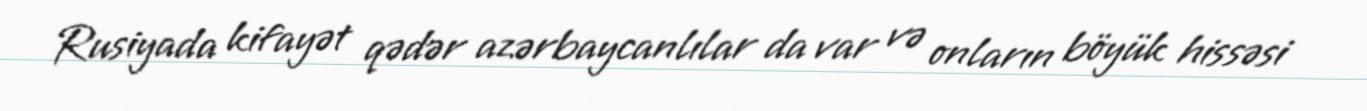
Rusiyada kifayət qədər azərbaycanlılar da var və onların böyük hissəsi